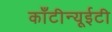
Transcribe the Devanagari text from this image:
काँटीन्यूईटी